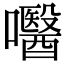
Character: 𡄵